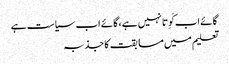
گائے اب کَوِتا نہیں ہے، گائے اب سیاست ہے
تعلیم میں مسابقت کا جذبہ